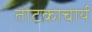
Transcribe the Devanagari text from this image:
तोटकाचार्य